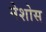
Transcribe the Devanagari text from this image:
नेशोस